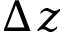
\Delta z